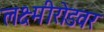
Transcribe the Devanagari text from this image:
लक्ष्मीरोडवर